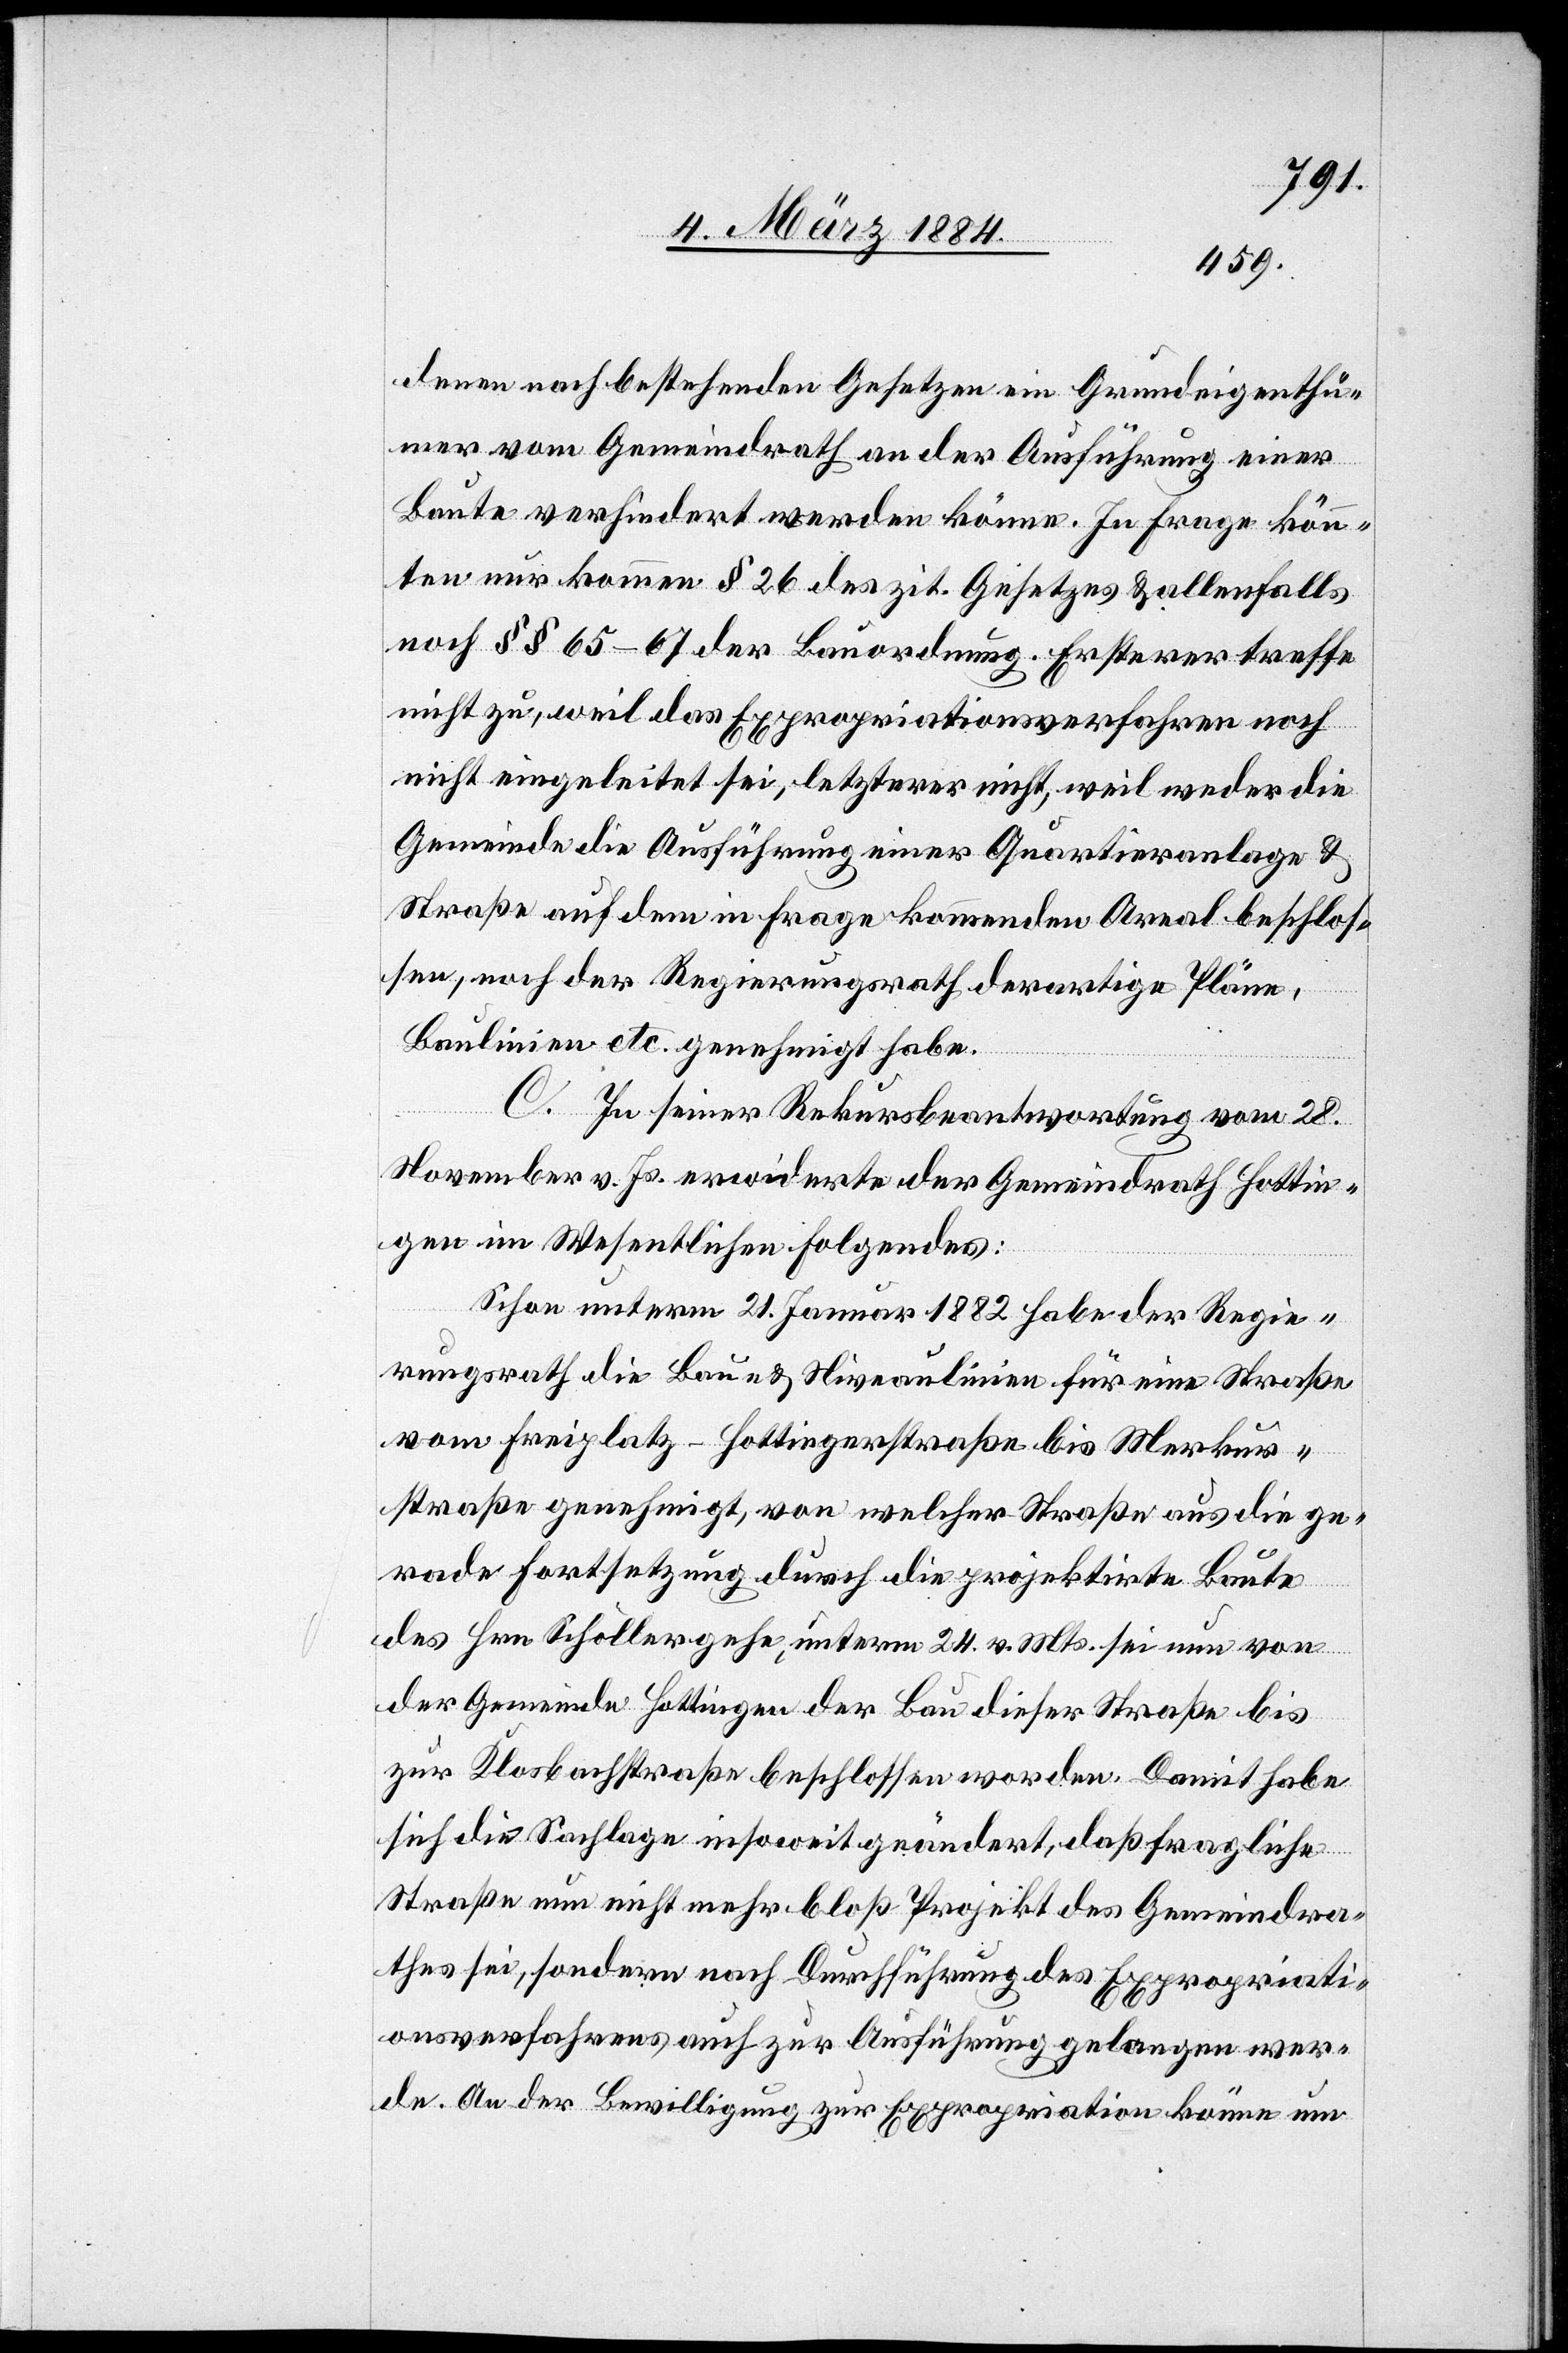
denen nach bestehenden Gesetzen ein Grundeigenthü¬
mer vom Gemeindrath an der Ausführung einer
Baute verhindert werden könne. In Frage könn¬
ten nur kommen § 26 des zit. Gesetztes & allenfalls
noch §§ 65–67 der Bauordnung. Ersterer treffe
nicht zu, weil das Expropriationsverfahren noch
nicht eingeleitet sei, letzterer nicht, weil weder die
Gemeinde die Ausführung einer Quartieranlage &
Straße auf dem in Frage kommenden Areal beschlos¬
sen, noch der Regierungsrath derartige Pläne,
Baulinien etc. genehmigt habe.
C. In seiner Rekursbeantwortung vom 28.
November v. Js. erwiderte der Gemeindrath Hottin¬
gen im Wesentlichen folgendes:
Schon unterm 21. Januar 1882 habe der Regie¬
rungsrath die Bau- & Niveaulinien für eine Straße
vom Freiplatz–Hottingerstraße bis Merkur¬
straße genehmigt, von welcher Straße aus die ge¬
rade Fortsetzung durch die projektirte Baute
des Hrn. Schöller gehe, unterm 24. v. Mts. sei nun von
der Gemeinde Hottingen der Bau dieser Straße bis
zur Klosbachstraße beschlossen worden. Damit habe
sich die Sachlage insoweit geändert, daß fragliche
Straße nun nicht mehr bloß Projekt des Gemeindra¬
thes sei, sondern nach Durchführung des Expropriati¬
onsverfahrens auch zur Ausführung gelangen wer¬
de. An der Bewilligung zur Expropriation könne um